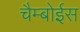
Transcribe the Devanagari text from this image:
चैम्बोईस